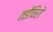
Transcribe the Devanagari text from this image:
तईचिरो